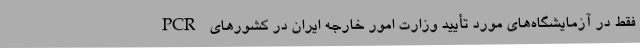
PCR فقط در آزمایشگاه‌های مورد تأیید وزارت امور خارجه ایران در کشورهای